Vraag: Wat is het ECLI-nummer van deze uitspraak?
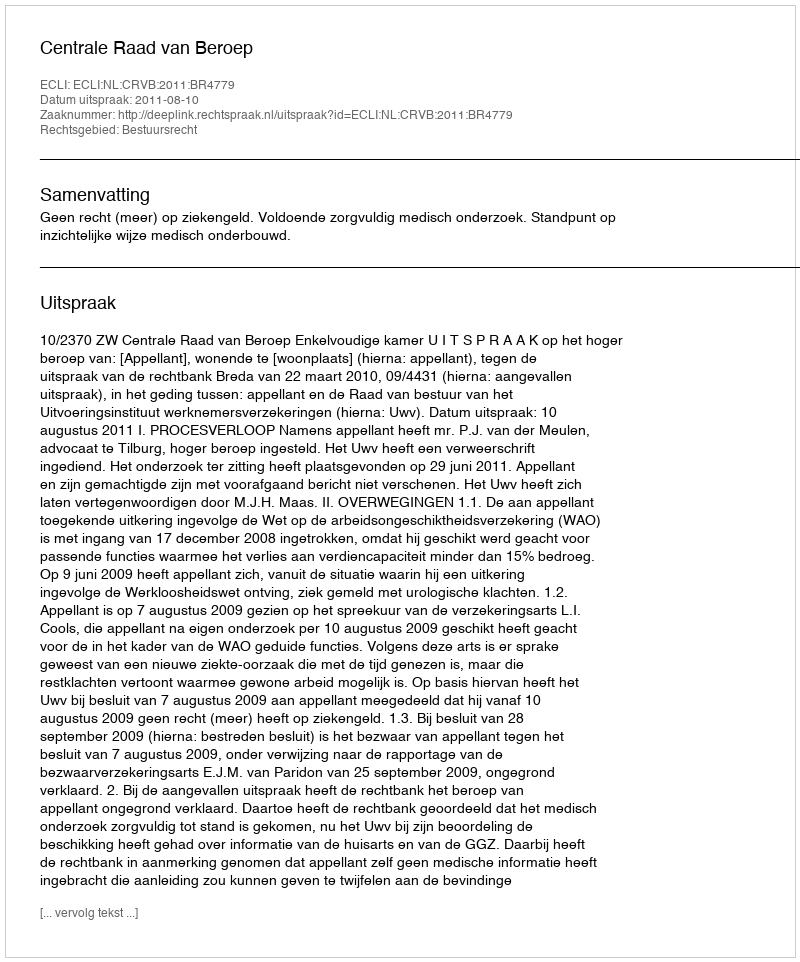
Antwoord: ECLI:NL:CRVB:2011:BR4779